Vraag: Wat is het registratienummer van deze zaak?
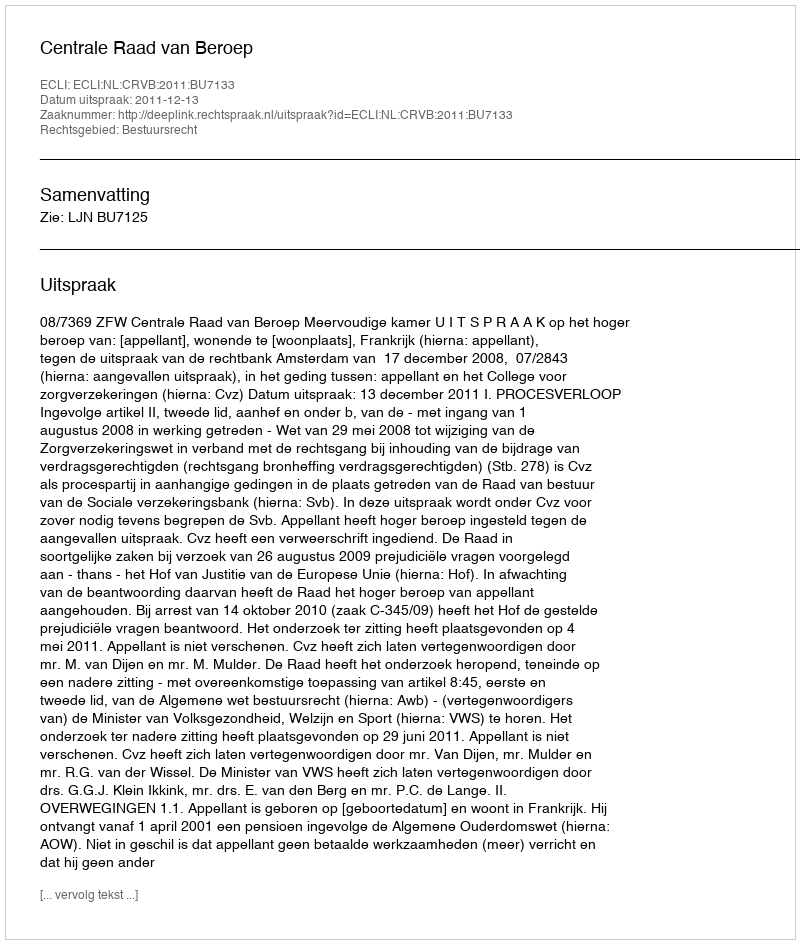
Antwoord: http://deeplink.rechtspraak.nl/uitspraak?id=ECLI:NL:CRVB:2011:BU7133